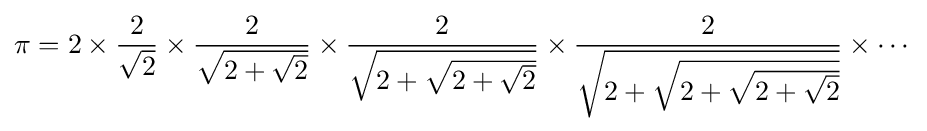
\pi =2\times {\frac {2}{\sqrt {2}}}\times {\frac {2}{\sqrt {2+{\sqrt {2}}}}}\times {\frac {2}{\sqrt {2+{\sqrt {2+{\sqrt {2}}}}}}}\times {\frac {2}{\sqrt {2+{\sqrt {2+{\sqrt {2+{\sqrt {2}}}}}}}}}\times \cdots